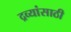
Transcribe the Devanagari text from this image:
द्रव्यांसाठी